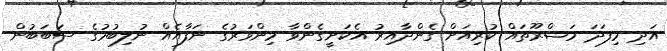
އަދި މިފަދަ މަޝްރޫތައް ކުރިއަށް ގެންދާއިރު އެކަށީގެންވާ މިންވަރުގެ ނަފާއެއް ނުލިބުމުގެ ސަބަބުން